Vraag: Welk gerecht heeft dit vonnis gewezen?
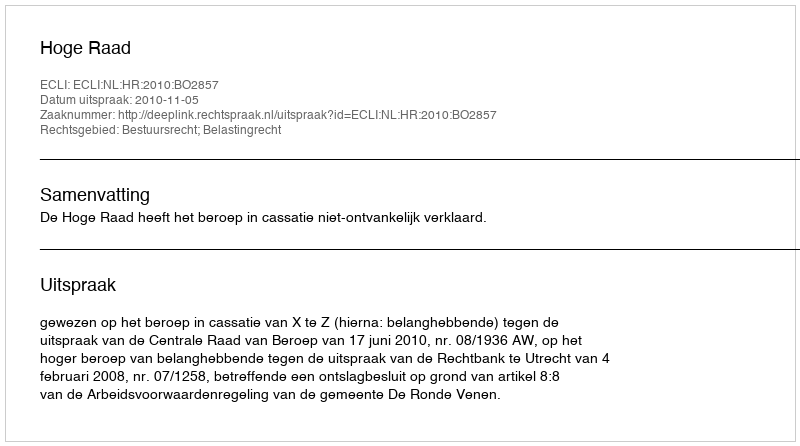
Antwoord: Hoge Raad